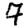
Digit: 7